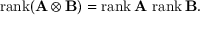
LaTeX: \operatorname { r a n k } ( \mathbf { A } \otimes \mathbf { B } ) = \operatorname { r a n k } \mathbf { A } \, \operatorname { r a n k } \mathbf { B } .